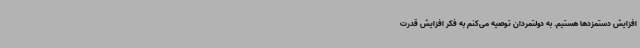
افزایش دستمزدها هستیم. به دولتمردان توصیه می‌کنم به فکر افزایش قدرت